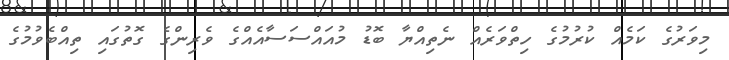
މިވަރުގެ ކަމެއް ކުރުމުގެ ހިތްވަރެއް ނެތިއްޔާ ބޮޑު މުއައްސަސާއެއްގެ ވެރިންގެ ގޮތުގައި ތިއްބެވުމުގެ